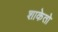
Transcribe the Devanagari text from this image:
शाकेतो